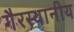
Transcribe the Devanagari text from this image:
गैरस्थानीय